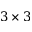
3 \times 3